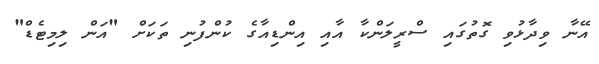
އޭނާ ވިދާޅުވި ގޮތުގައި ސްރީލަންކާ އާއި އިންޑިއާގެ ކުންފުނި ތަކަށް "އަން ލިމިޓެޑް"